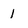
Character: 1